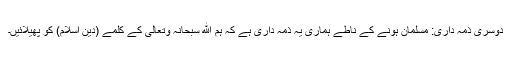
دوسرى ذمہ دارى: مسلمان ہونے کے ناطے ہمارى یہ ذمہ دارى ہے کہ ہم الله سبحانہ وتعالى کے کلمے (دین اسلام) کو پھیلائیں۔